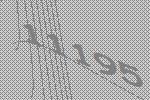
11195